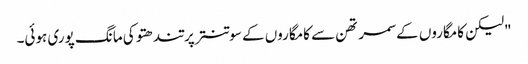
"لیکن کامگاروں کے سمرتھن سے کامگاروں کے سوتنتر پرتندھتو کی مانگ پوری ہوئی۔